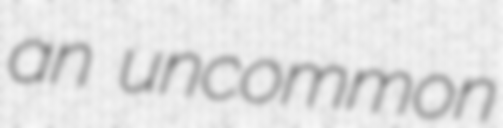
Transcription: an uncommon